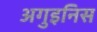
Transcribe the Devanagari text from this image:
अगुइनिस